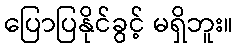
ပြောပြနိုင်ခွင့် မရှိဘူး။